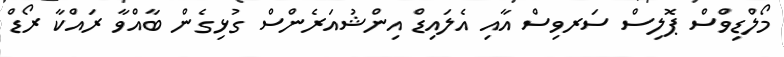
މޯލްޑިވްސް ޕޮލިސް ސަރވިސް އާއި އެލައިޑް އިންޝުއަރެންސް ގުޅިގެން ބާއްވާ ރައްކާ ރޯޑް